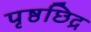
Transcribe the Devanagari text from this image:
पृष्ठछिद्र